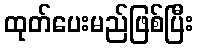
ထုတ်ပေးမည်ဖြစ်ပြီး